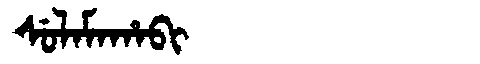
Manchu: ᠰᡠᠯᠠᠮᠠᡥᠠᠪᡳ
Romanization: SULAMAHABI